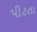
પીટતા